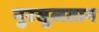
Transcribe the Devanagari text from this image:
नुरसुलतान